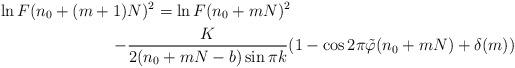
LaTeX: \begin{align*}\ln F(n_0+(m+1)&N)^2=\ln F(n_0+mN)^2\\-&\frac{K}{2(n_0+mN-b)\sin\pi k}(1-\cos2\pi\tilde\varphi(n_0+mN)+\delta(m))\end{align*}